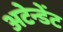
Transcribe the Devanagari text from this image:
अटेन्डेंट